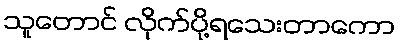
သူတောင် လိုက်ပို့ရသေးတာကော